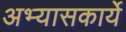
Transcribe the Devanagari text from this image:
अभ्यासकार्ये